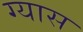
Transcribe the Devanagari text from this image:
ग्यास